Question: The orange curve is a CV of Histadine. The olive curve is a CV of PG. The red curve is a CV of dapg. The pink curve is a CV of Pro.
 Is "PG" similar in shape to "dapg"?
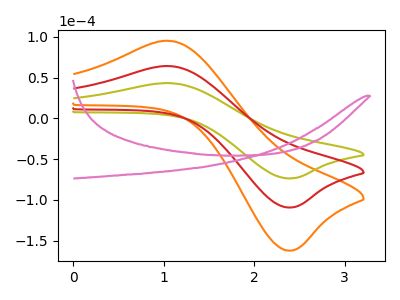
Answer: <think>The orange curve "Histadine" has an anodic peak at (1.10V, 127.85uA) and a cathodic peak at (2.35V, -218.55uA). The olive curve "PG" has an anodic peak at (1.10V, 43.10uA) and a cathodic peak at (2.35V, -73.65uA). The red curve "dapg" has an anodic peak at (1.10V, 63.90uA) and a cathodic peak at (2.35V, -109.30uA). The pink curve "Pro" has no peaks.
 All the peaks in "PG" have a peak in "dapg" at the same potential. Every peak in "PG" is lower than every peak in "dapg".</think>
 <answer>"PG" and "dapg" are similar in shape.</answer>
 <eval>same_shape</eval>